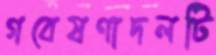
গবেষণাদলটি